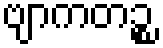
ဗျာကတဉ္စ